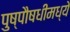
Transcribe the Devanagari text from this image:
पुष्पौषधीमध्ये